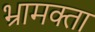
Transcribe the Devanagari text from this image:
भ्रामक्ता